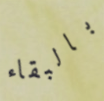
بالبقاء